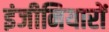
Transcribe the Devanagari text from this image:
इंजीनियारों